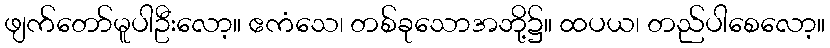
ဖျက်တော်မူပါဦးလော့။ ဧကံသေ၊ တစ်ခုသောအဘို့၌။ ထပယ၊ တည်ပါစေလော့။